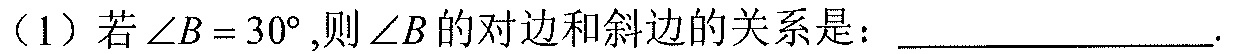
（1）若\(\angle B = 30^{\circ}\),则\(\angle B\)的对边和斜边的关系是：________________.